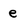
Character: e